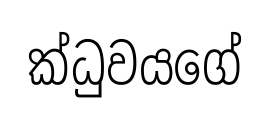
ක්ධුවයගේ